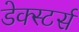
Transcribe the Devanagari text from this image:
डेक्स्टर्स